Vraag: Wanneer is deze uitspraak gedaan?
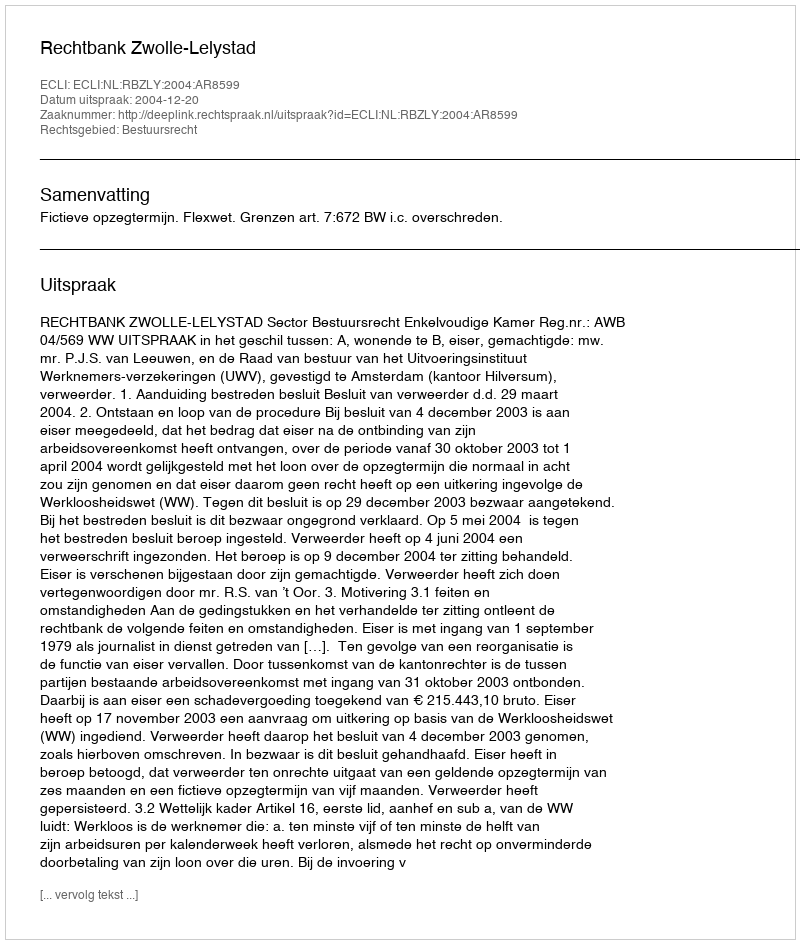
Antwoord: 2004-12-20